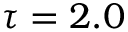
\tau = 2 . 0